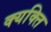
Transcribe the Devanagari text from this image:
क्यक्ति